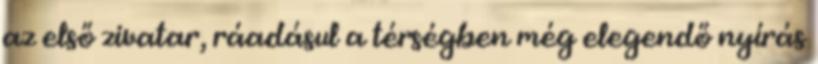
az első zivatar, ráadásul a térségben még elegendő nyírás